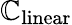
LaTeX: \mathbb{C}_{\mathrm{{linear}}}